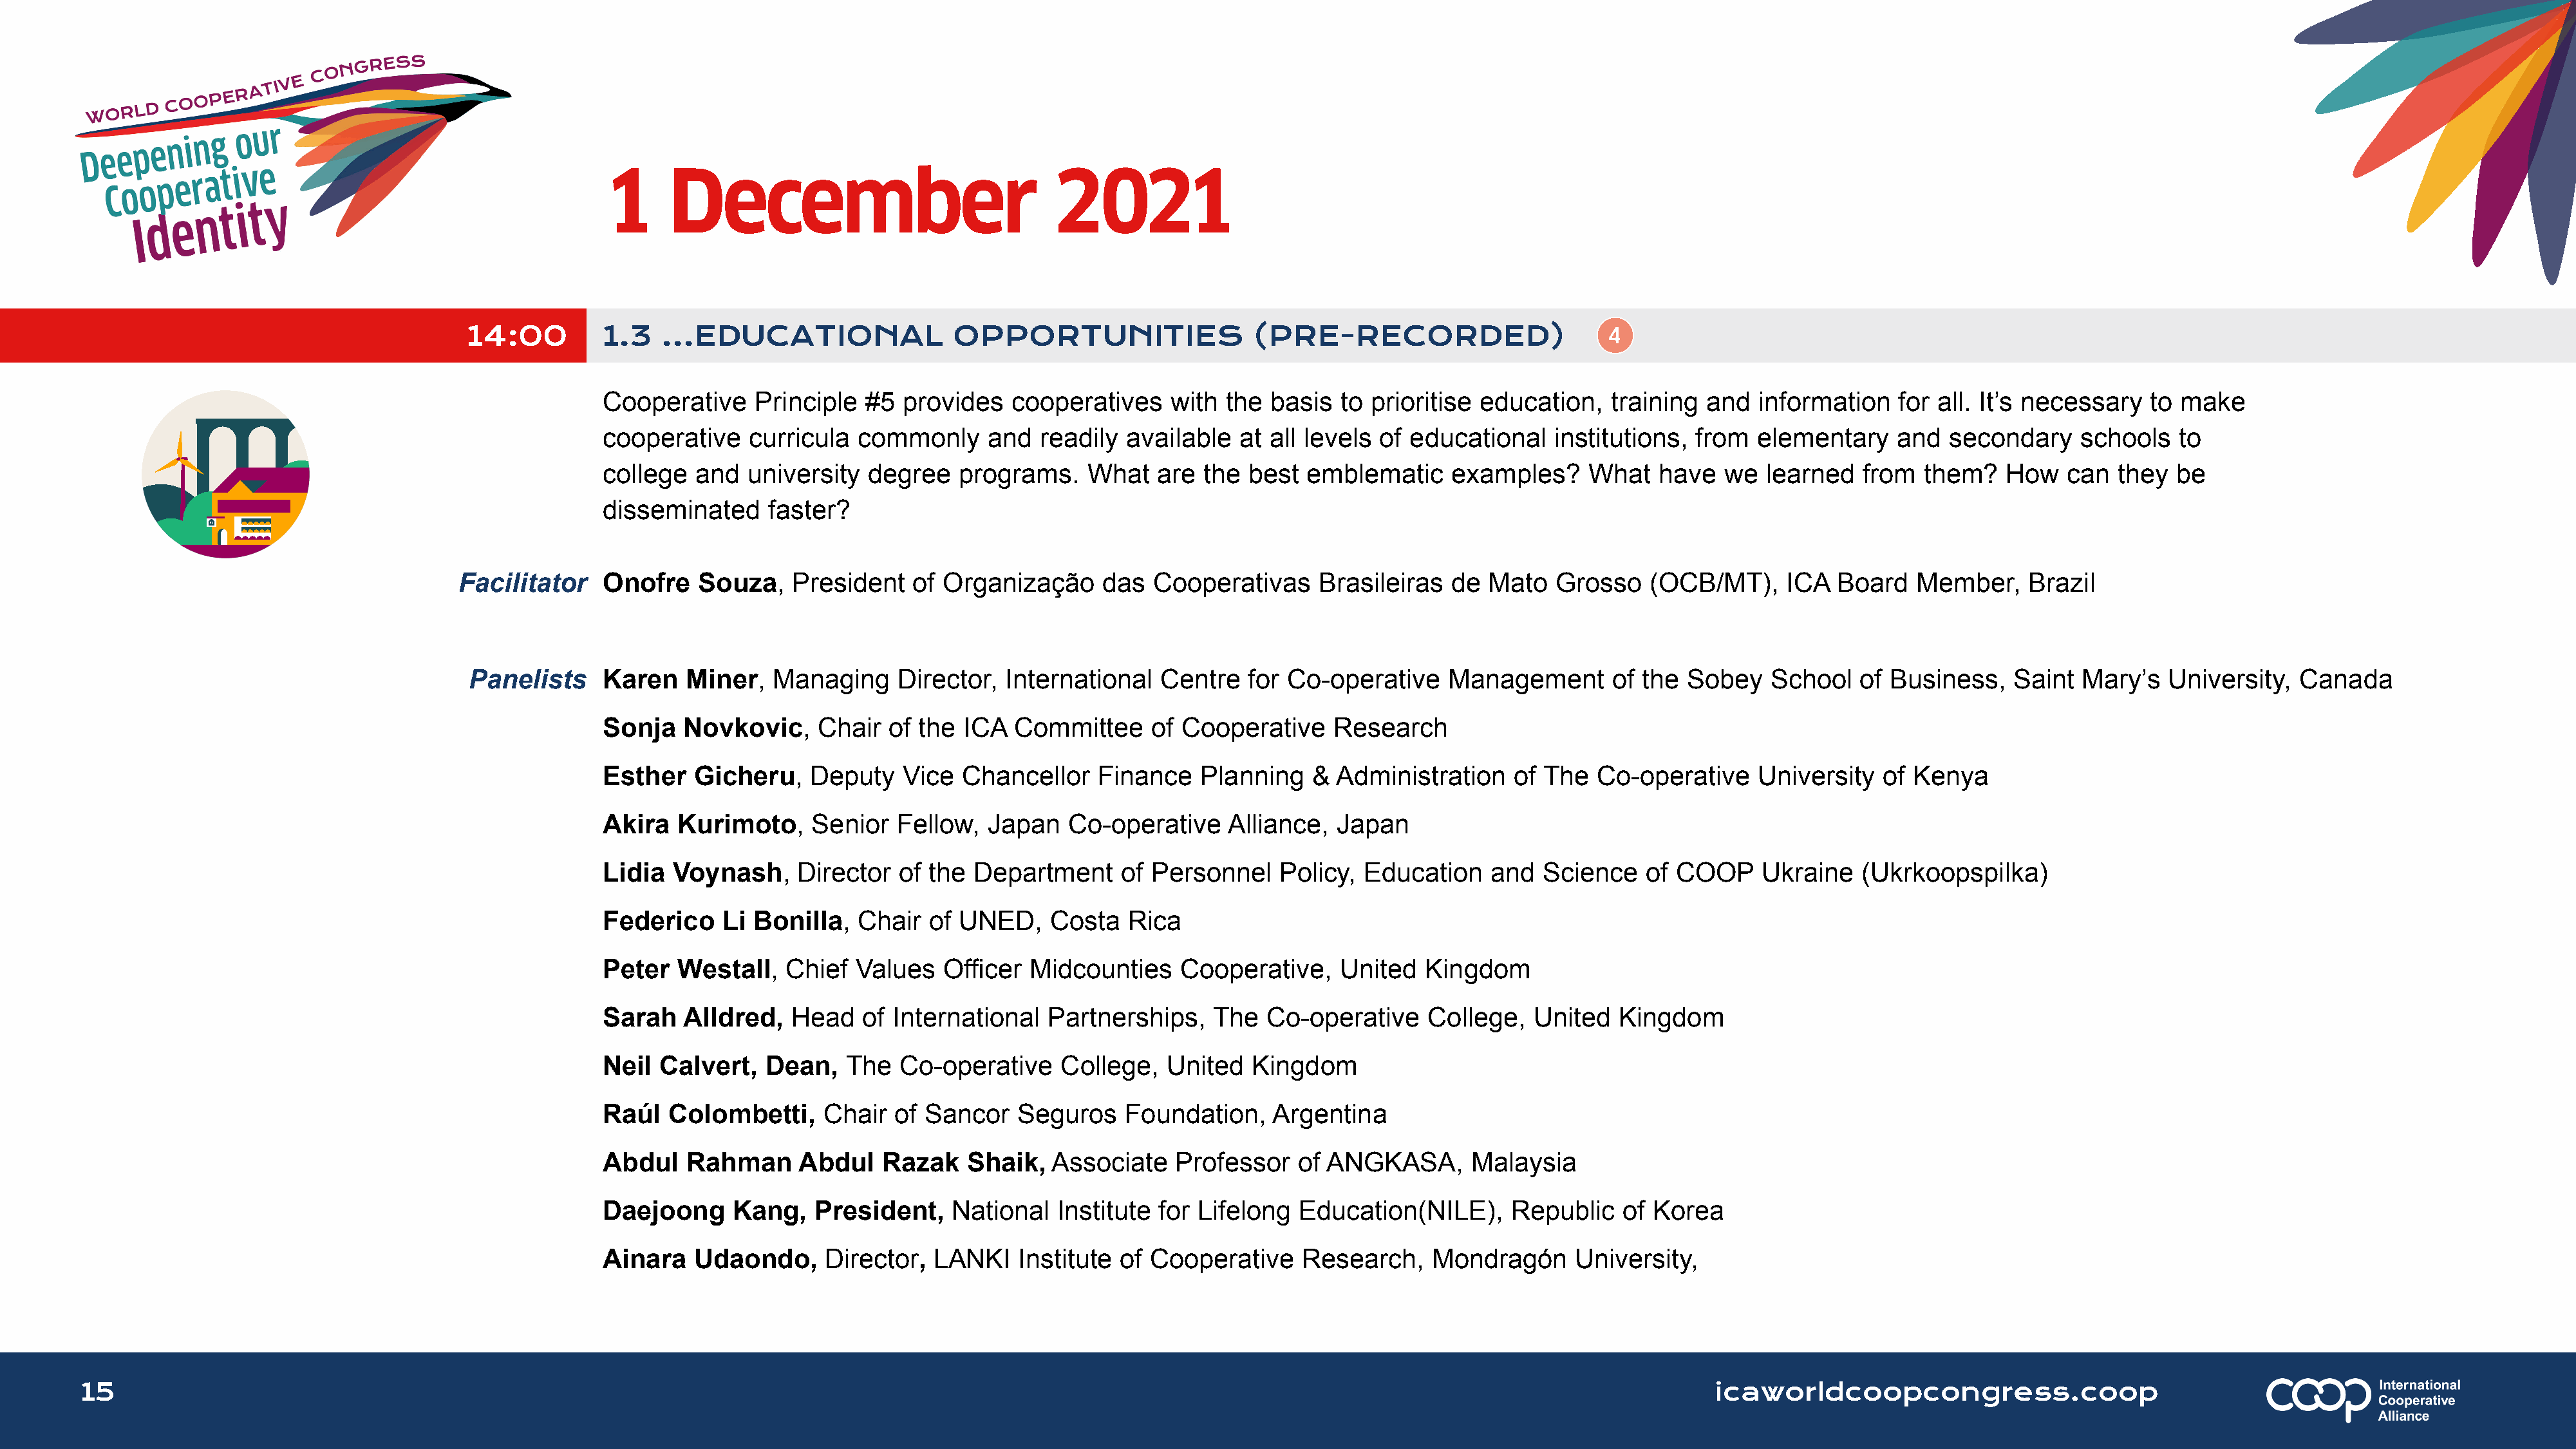
1      December                               2021
 14:00         1.3   ...EDUCATIONAL                OPPORTUNITIES                  (PRE-RECORDED)
 Cooperative     Principle  #5  provides   cooperatives    with  the  basis  to prioritise education,    training and   information   for all. It’s necessary   to make
 cooperative    curricula  commonly      and  readily  available  at  all levels of educational    institutions, from   elementary    and  secondary     schools   to
 college  and   university  degree    programs.    What   are  the best  emblematic     examples?     What    have  we   learned   from  them?   How    can  they  be
 disseminated     faster?
 Facilitator    Onofre    Souza,   President    of Organização     das   Cooperativas     Brasileiras  de  Mato   Grosso    (OCB/MT),     ICA  Board   Member,     Brazil
 Panelists     Karen    Miner,  Managing     Director,  International   Centre   for Co-operative     Management       of the Sobey    School   of Business,    Saint  Mary’s   University,  Canada
 Sonja   Novkovic,     Chair  of the  ICA  Committee     of Cooperative     Research
 Esther   Gicheru,    Deputy    Vice  Chancellor    Finance   Planning    & Administration     of The  Co-operative     University   of Kenya
 Akira   Kurimoto,    Senior   Fellow,   Japan   Co-operative    Alliance,  Japan
 Lidia  Voynash,     Director  of the  Department     of Personnel     Policy, Education    and   Science   of COOP     Ukraine   (Ukrkoopspilka)
 Federico    Li Bonilla,   Chair   of UNED,    Costa   Rica
 Peter   Westall,   Chief  Values   Officer  Midcounties    Cooperative,     United   Kingdom
 Sarah   Alldred,   Head    of International   Partnerships,    The  Co-operative     College,   United  Kingdom
 Neil  Calvert,   Dean,   The  Co-operative     College,   United   Kingdom
 Raúl   Colombetti,     Chair  of Sancor    Seguros    Foundation,    Argentina
 Abdul    Rahman     Abdul    Razak   Shaik,   Associate    Professor   of ANGKASA,       Malaysia
 Daejoong     Kang,    President,    National   Institute for Lifelong   Education(NILE),     Republic    of Korea
 Ainara   Udaondo,      Director,  LANKI    Institute of Cooperative     Research,    Mondragón      University,
 15                                                                                                                                                                      icaworldcoopcongress.coop